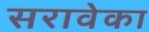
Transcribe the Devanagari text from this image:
सरावेका